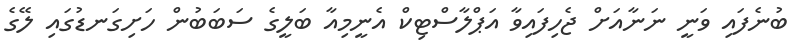
ބުނެފައި ވަނީ ނަނާއަށް ޖެހިފައިވާ އަޕްލާސްޓިކް އެނީމިއާ ބަލީގެ ސަބަބުން ހަށިގަނޑުގައި ލޭގެ